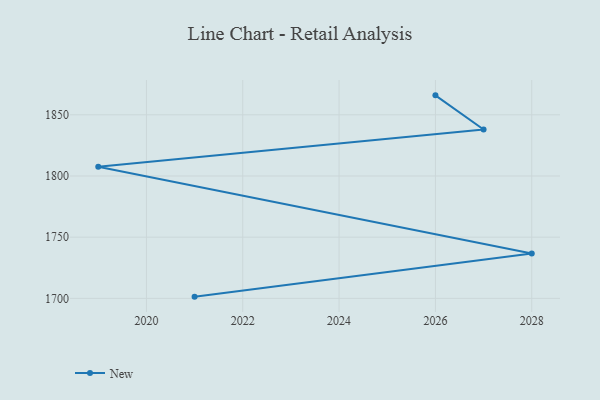
{"axis": {"x": "Year", "y": "LTV (USD)"}, "legend": ["New"], "data": [{"x": "2021", "y": 1701.4, "type": "New"}, {"x": "2028", "y": 1736.7, "type": "New"}, {"x": "2019", "y": 1807.6, "type": "New"}, {"x": "2027", "y": 1838.0, "type": "New"}, {"x": "2026", "y": 1865.9, "type": "New"}]}